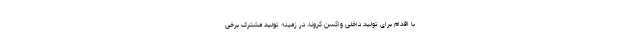
با اقدام برای تولید داخلی واکسن کرونا، در زمینه تولید مشترک برخی